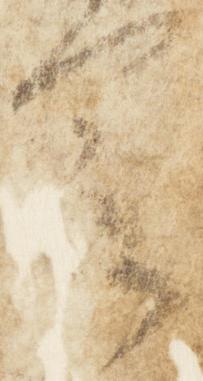
若